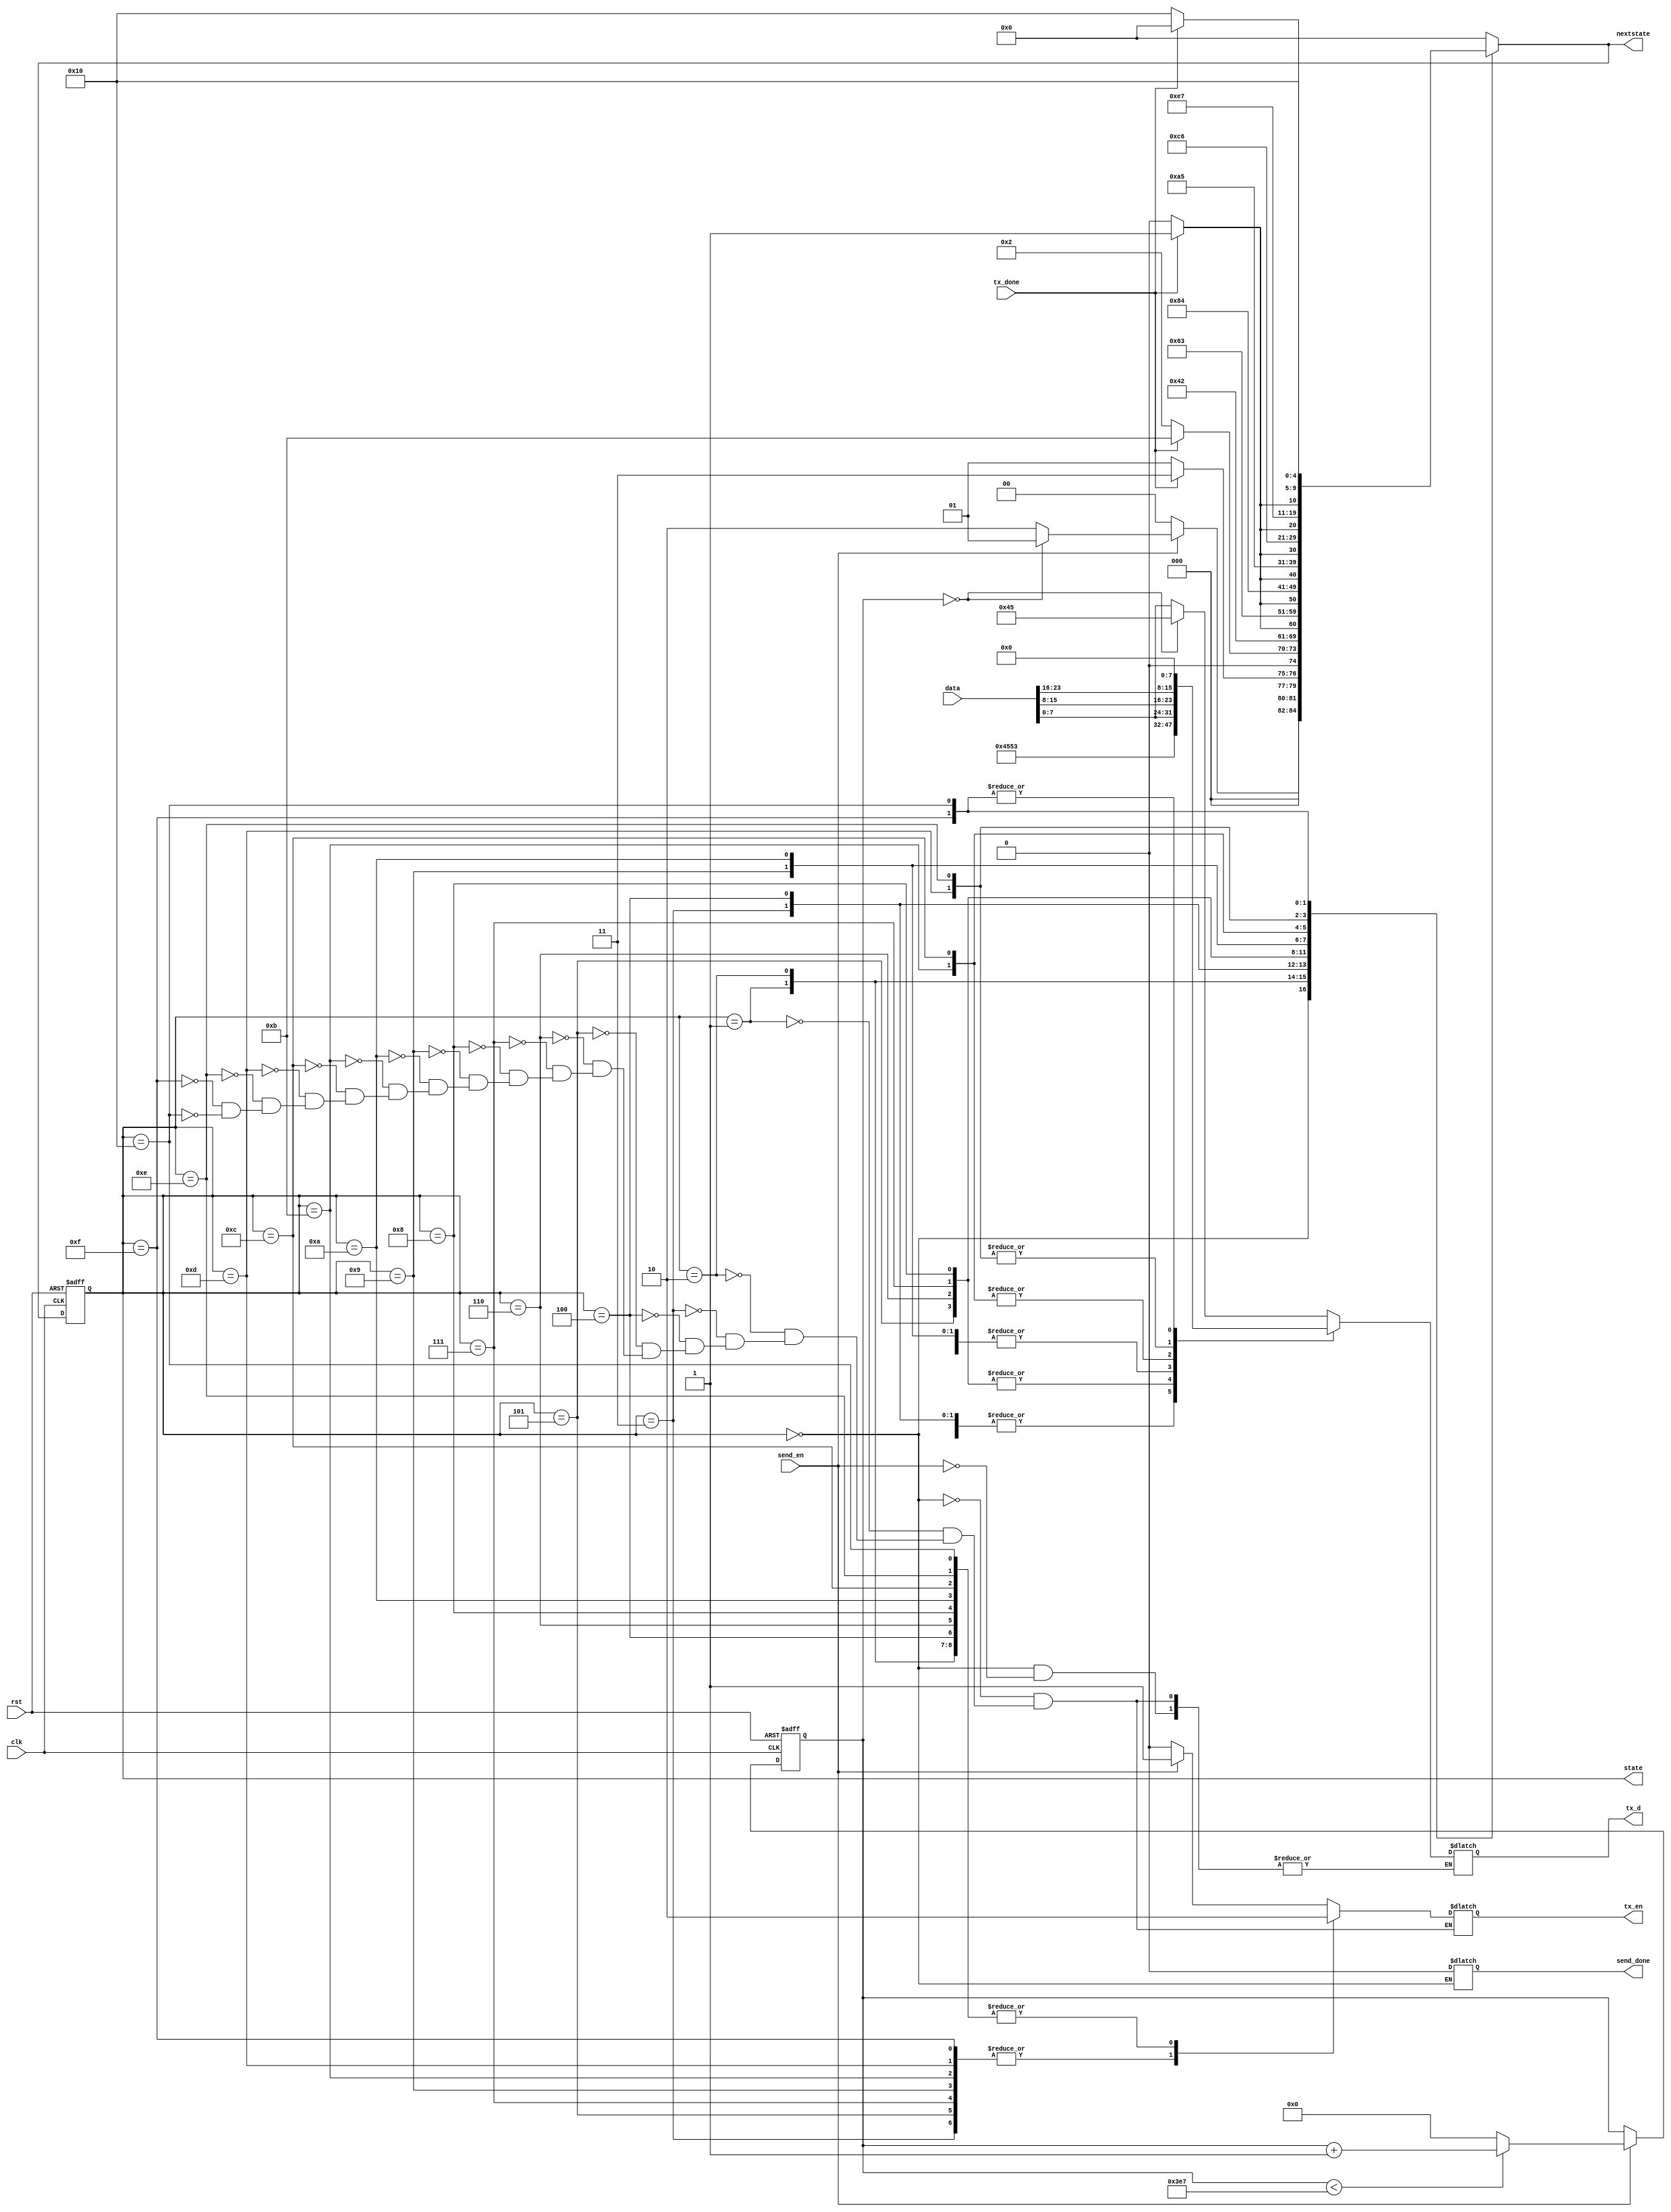
module uart_NbyteTran_3byteData_controller(
	input clk,
	input rst,
	input send_en,
	input tx_done,
	input [23:0] data,
	output reg tx_en,	
	output reg send_done,
	output reg [7:0] tx_d,
	output reg [4:0] state,nextstate
	);	

	parameter FRAME_NUM = 11'd1000;//

	parameter  S0 = 5'b00000,S1 = 5'b00001, S2 = 5'b00010, S3 = 5'b00011, S4 = 5'b00100, S5 = 5'b00101, S6 = 5'b00110,
	           S7 = 5'b00111,S8 = 5'b01000, S9 = 5'b01001,S10 = 5'b01010,S11 = 5'b01011,S12 = 5'b01100,S13 = 5'b01101,
				 S14 = 5'b01110,S15= 5'b01111,S16 = 5'b10000;
	
	always @ (posedge clk, posedge rst)
		if (rst) state <= S0;
		else state <= nextstate;
	
//0x45450x5353
	
	reg [10:0] frame_cnt;
	wire send_flag;
	
	always @ (posedge clk,posedge rst)
		if (rst) frame_cnt <= 0;
		else begin
			if (send_en) begin					
				if (frame_cnt < (FRAME_NUM - 1)) begin frame_cnt <= frame_cnt + 1'b1;end
				else begin frame_cnt <= 0;end
			end
			else ;
		end
		
	always @ (*)
		case (state)
			S0:begin
				send_done <= 0;
				if (send_en) begin
					if (frame_cnt == 0) begin
						tx_d <= 8'h45;
						tx_en <= 1;
						nextstate <= S1;
					end
					else begin
						tx_d <= data[7:0];
						tx_en <= 1;
						nextstate <= S2;
					end
				end
				else begin
					tx_d <= tx_d;
					tx_en <= 0;
					nextstate <= S0;
				end
			end
			S1:begin
				if (tx_done) begin
					tx_d <=  8'h45;
					tx_en <= 0;
					nextstate <= S3;
				end				
				else begin
					tx_d <=  8'h45;
					tx_en <= 0;
					nextstate <= S1;
				end
			end
			
			S2:begin
				if (tx_done) begin
					tx_d <= data[7:0];
					tx_en <= 0;
					nextstate <= S11;
				end				
				else begin
					tx_d <= data[7:0];
					tx_en <= 0;
					nextstate <= S2;
				end
			end
			
			//0x45
			S3:begin
				tx_d <= 8'h45;
				tx_en <= 1;
				nextstate <= S4;
			end
			
			S4:begin
				if (tx_done) begin
					tx_d <= 8'h45;	
					tx_en <= 0;
					nextstate <= S5;
				end
				else begin
					tx_d <= 8'h45;
					tx_en <= 0;
					nextstate <= S4;
				end
			end
			//0x53
			S5:begin
				tx_d <= 8'h53;
				tx_en <= 1;
				nextstate <= S6;
			end
			
			S6:begin
				if (tx_done) begin
					tx_d <= 8'h53;	
					tx_en <= 0;
					nextstate <= S7;
				end
				else begin
					tx_d <= 8'h53;
					tx_en <= 0;
					nextstate <= S6;
				end
			end
			//0x53
			S7:begin
				tx_d <= 8'h53;
				tx_en <= 1;
				nextstate <= S8;
			end
			
			S8:begin
				if (tx_done) begin
					tx_d <= 8'h53;	
					tx_en <= 0;
					nextstate <= S9;
				end
				else begin
					tx_d <= 8'h53;
					tx_en <= 0;
					nextstate <= S8;
				end
			end
			//8
			S9:begin
				tx_d <= data[7:0];
				tx_en <= 1;
				nextstate <= S10;
			end
			
			S10:begin
				if (tx_done) begin
					tx_d <= data[7:0];
					tx_en <= 0;
					nextstate <= S11;
				end
				else begin
					tx_d <= data[7:0];
					tx_en <= 0;
					nextstate <= S10;
				end
			end
			//8
			S11:begin
					tx_d <= data[15:8];
					tx_en <= 1;
					nextstate <= S12;
			end
			
			S12:begin
				if (tx_done) begin
					tx_d <= data[15:8];	
					tx_en <= 0;
					nextstate <= S13;
				end
				else begin
					tx_d <= data[15:8];
					tx_en <= 0;
					nextstate <= S12;
				end
			end
			//8
			S13:begin
					tx_d <= data[23:16];
					tx_en <= 1;
					nextstate <= S14;
			end
			
			S14:begin
				if (tx_done) begin
					tx_d <= data[23:16];	
					tx_en <= 0;
					nextstate <= S15;
				end
				else begin
					tx_d <= data[23:16];
					tx_en <= 0;
					nextstate <= S14;
				end
			end
			//8
			S15:begin
					tx_d <= 8'h00;
					tx_en <= 1;
					nextstate <= S16;
			end
			
			S16:begin
				if (tx_done) begin
					tx_d <= 8'h00;	
					tx_en <= 0;
					nextstate <= S0;
				end
				else begin
					tx_d <= 8'h00;
					tx_en <= 0;
					nextstate <= S16;
				end
			end
			default: nextstate <= S0;
		endcase	

endmodule